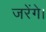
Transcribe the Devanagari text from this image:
जरेंगे।